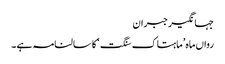
جہانگیر جبران
رواں ماہ ’ماہتاک سنگت‘ کا سالنامہ ہے ۔